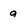
Character: g